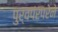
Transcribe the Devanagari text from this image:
पुर्वपंरपरेने